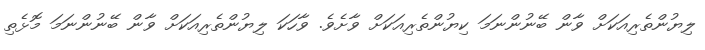
ލިޔުންތެރިއަކަށް ވާން ބޭނުންނަމަ ކިޔުންތެރިއަކަށް ވާށެވެ. ވާހަކަ ލިޔުންތެރިއަކަށް ވާން ބޭނުންނަމަ މޮޅެތި